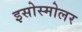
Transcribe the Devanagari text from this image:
इसोस्मोलर